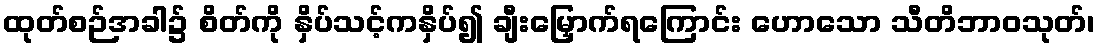
ထုတ်စဉ်အခါ၌ စိတ်ကို နှိပ်သင့်ကနှိပ်၍ ချီးမြှောက်ရကြောင်း ဟောသော သီတိဘာဝသုတ်၊